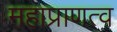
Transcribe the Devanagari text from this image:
महाप्राणत्व